Civil Veterinary Department. Central Provinces & Berar 1925-31 - 1925-1931
Year: 1925
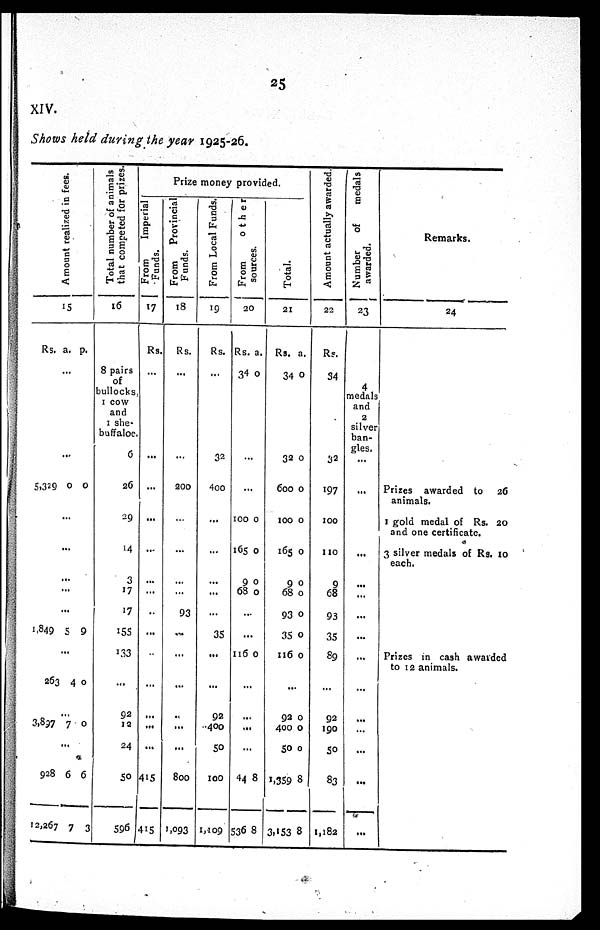
25
XIV.
Shows held during the year 1925-26.
Amo u n t r eal i zed in fees.
15
Rs. a. p.
...
...
5,329 0 0
...
...
...
...
...
1,849 5 9
...
263 4 0
...
3,897 7 0
...
928
12,267
6
7
6
3
Total number of animals
that competed for prizes.
16
8 pairs
of
bullocks,
1 cow
and
1 she¬
buffaloe.
6
26
29
14
3
17
17
155
133
...
92
12
24
50
596
Prize money provided.
From
imperial
Funds.
17
Rs.
...
...
...
...
...
...
...
..
...
...
...
...
...
...
415
415
From
Provincial
Funds.
18
Rs.
...
...
200
...
...
...
...
93
...
...
...
...
...
...
800
1,093
From Local Funds.
19
Rs.
...
32
400
...
...
...
...
...
35
...
...
92
400
50
100
1,109
From other
sources.
20
Rs.
34
a.
0
...
...
100
165
9
68
0
0
0
0
...
...
116 0
...
...
...
...
44
536
8
8
Total.
21
Rs.
34
32
600
100
165
9
68
93
35
116
a.
0
0
0
0
0
0
0
0
0
0
...
92
400
50
1,359
3,153
0
0
0
8
8
Amount actually awarded.
22
Rs.
34
32
197
100
110
9
68
93
35
89
...
92
190
50
83
1,182
Number
of
medals
awarded.
23
4
medals
and
2
silver
ban-
gles.
...
...
...
...
...
...
...
...
...
...
...
...
...
Remarks.
24
Prizes awarded to
26
animals.
1 gold medal of Rs. 20
and one certificate.
3 silver medals of Rs. 10
each.
Prizes in cash awarded
to 12 animals.